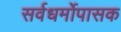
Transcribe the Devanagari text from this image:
सर्वधर्मोपासक